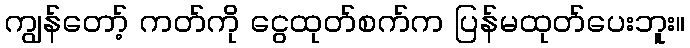
ကျွန်တော့် ကတ်ကို ငွေထုတ်စက်က ပြန်မထုတ်ပေးဘူး။